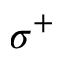
\sigma ^ { + }